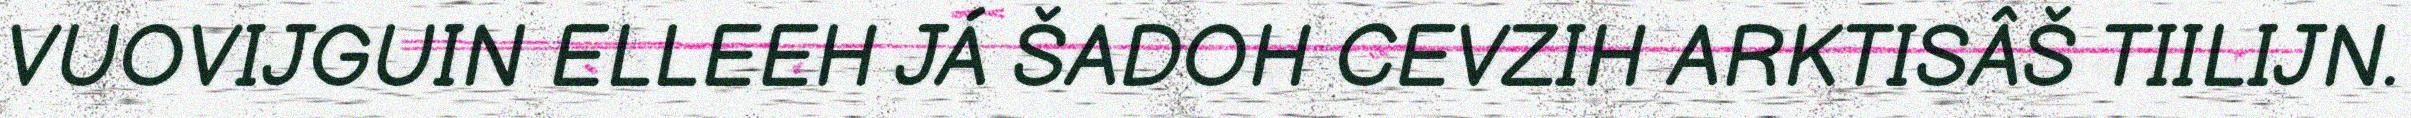
VUOVIJGUIN ELLEEH JÁ ŠADOH CEVZIH ARKTISÂŠ TIILIJN.